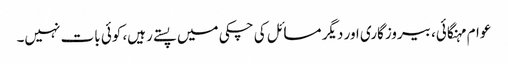
عوام مہنگائی، بیروزگاری اور دیگر مسائل کی چکی میں پستے رہیں، کوئی بات نہیں۔